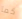
كما